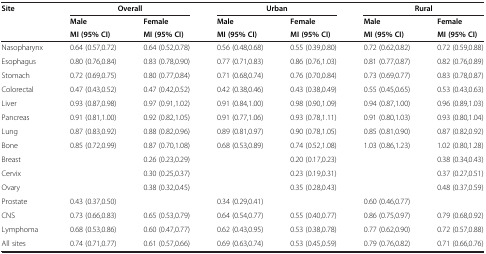
<table><thead><tr><td rowspan="3"><b>Site</b></td><td colspan="2"><b>Overall</b></td><td colspan="2"><b>Urban</b></td><td colspan="2"><b>Rural</b></td></tr><tr><td><b>Male</b></td><td><b>Female</b></td><td><b>Male</b></td><td><b>Female</b></td><td><b>Male</b></td><td><b>Female</b></td></tr><tr><td><b>MI (95% CI)</b></td><td><b>MI (95% CI)</b></td><td><b>MI (95% CI)</b></td><td><b>MI (95% CI)</b></td><td><b>MI (95% CI)</b></td><td><b>MI (95% CI)</b></td></tr></thead><tbody><tr><td>Nasopharynx</td><td>0.64 (0.57,0.72)</td><td>0.64 (0.52,0.78)</td><td>0.56 (0.48,0.68)</td><td>0.55 (0.39,0.80)</td><td>0.72 (0.62,0.82)</td><td>0.72 (0.59,0.88)</td></tr><tr><td>Esophagus</td><td>0.80 (0.76,0.84)</td><td>0.83 (0.78,0.90)</td><td>0.77 (0.71,0.83)</td><td>0.86 (0.76,1.03)</td><td>0.81 (0.77,0.87)</td><td>0.82 (0.76,0.89)</td></tr><tr><td>Stomach</td><td>0.72 (0.69,0.75)</td><td>0.80 (0.77,0.84)</td><td>0.71 (0.68,0.74)</td><td>0.76 (0.70,0.84)</td><td>0.73 (0.69,0.77)</td><td>0.83 (0.78,0.87)</td></tr><tr><td>Colorectal</td><td>0.47 (0.43,0.52)</td><td>0.47 (0.42,0.52)</td><td>0.42 (0.38,0.46)</td><td>0.43 (0.38,0.49)</td><td>0.55 (0.45,0.65)</td><td>0.53 (0.43,0.63)</td></tr><tr><td>Liver</td><td>0.93 (0.87,0.98)</td><td>0.97 (0.91,1.02)</td><td>0.91 (0.84,1.00)</td><td>0.98 (0.90,1.09)</td><td>0.94 (0.87,1.00)</td><td>0.96 (0.89,1.03)</td></tr><tr><td>Pancreas</td><td>0.91 (0.81,1.00)</td><td>0.92 (0.82,1.05)</td><td>0.91 (0.77,1.06)</td><td>0.93 (0.78,1.11)</td><td>0.91 (0.80,1.03)</td><td>0.93 (0.80,1.04)</td></tr><tr><td>Lung</td><td>0.87 (0.83,0.92)</td><td>0.88 (0.82,0.96)</td><td>0.89 (0.81,0.97)</td><td>0.90 (0.78,1.05)</td><td>0.85 (0.81,0.90)</td><td>0.87 (0.82,0.92)</td></tr><tr><td>Bone</td><td>0.85 (0.72,0.99)</td><td>0.87 (0.70,1.08)</td><td>0.68 (0.53,0.89)</td><td>0.74 (0.52,1.08)</td><td>1.03 (0.86,1.23)</td><td>1.02 (0.80,1.28)</td></tr><tr><td>Breast</td><td> </td><td>0.26 (0.23,0.29)</td><td> </td><td>0.20 (0.17,0.23)</td><td> </td><td>0.38 (0.34,0.43)</td></tr><tr><td>Cervix</td><td> </td><td>0.30 (0.25,0.37)</td><td> </td><td>0.23 (0.19,0.31)</td><td> </td><td>0.37 (0.27,0.51)</td></tr><tr><td>Ovary</td><td> </td><td>0.38 (0.32,0.45)</td><td> </td><td>0.35 (0.28,0.43)</td><td> </td><td>0.48 (0.37,0.59)</td></tr><tr><td>Prostate</td><td>0.43 (0.37,0.50)</td><td> </td><td>0.34 (0.29,0.41)</td><td> </td><td>0.60 (0.46,0.77)</td><td> </td></tr><tr><td>CNS</td><td>0.73 (0.66,0.83)</td><td>0.65 (0.53,0.79)</td><td>0.64 (0.54,0.77)</td><td>0.55 (0.40,0.77)</td><td>0.86 (0.75,0.97)</td><td>0.79 (0.68,0.92)</td></tr><tr><td>Lymphoma</td><td>0.68 (0.53,0.86)</td><td>0.60 (0.47,0.77)</td><td>0.62 (0.43,0.95)</td><td>0.53 (0.38,0.78)</td><td>0.77 (0.62,0.90)</td><td>0.72 (0.57,0.88)</td></tr><tr><td>All sites</td><td>0.74 (0.71,0.77)</td><td>0.61 (0.57,0.66)</td><td>0.69 (0.63,0.74)</td><td>0.53 (0.45,0.59)</td><td>0.79 (0.76,0.82)</td><td>0.71 (0.66,0.76)</td></tr></tbody></table>